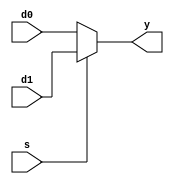
// 2:1 Multiplexer (Description: dataflow)

module P1_MUX_dataflow1(
    output          y,      // sum
    input           d0,     // input D0
    input           d1,     // input D1
    input           s       // select
);

    assign          y = s ? d1 : d0;

endmodule